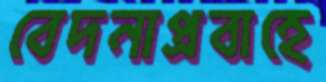
বেদনাপ্রবাহে